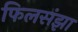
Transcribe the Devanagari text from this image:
फिलसंझा